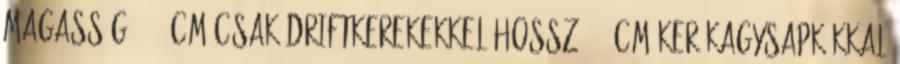
Magasság: 8,1 cm csak driftkerekekkel Hossz: 12 cm kerékagysapkákkal